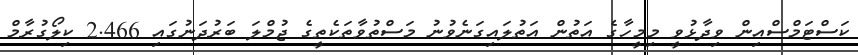
ކަސްޓަމްސްއިން ވިދާޅުވީ މިމީހާގެ އަތުން އަތުލައިގަނެވުނު މަސްތުވާތަކެތީގެ ޖުމްލަ ބަރުދަނުގައި 2.466 ކިލޯގުރާމް